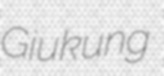
Giukung